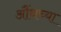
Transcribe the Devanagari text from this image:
औंधच्या